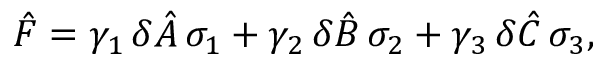
{ \hat { F } } = \gamma _ { 1 } \, \delta { \hat { A } } \, \sigma _ { 1 } + \gamma _ { 2 } \, \delta { \hat { B } } \, \sigma _ { 2 } + \gamma _ { 3 } \, \delta { \hat { C } } \, \sigma _ { 3 } ,